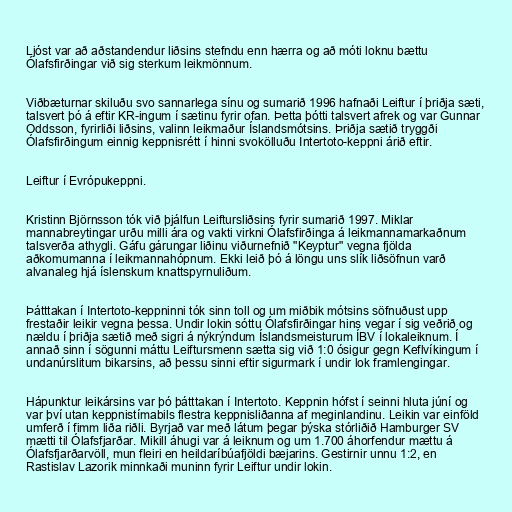
Ljóst var að aðstandendur liðsins stefndu enn hærra og að móti loknu bættu
Ólafsfirðingar við sig sterkum leikmönnum.

Viðbæturnar skiluðu svo sannarlega sínu og sumarið 1996 hafnaði Leiftur í þriðja sæti,
talsvert þó á eftir KR-ingum í sætinu fyrir ofan. Þetta þótti talsvert afrek og var Gunnar
Oddsson, fyrirliði liðsins, valinn leikmaður Íslandsmótsins. Þriðja sætið tryggði
Ólafsfirðingum einnig keppnisrétt í hinni svokölluðu Intertoto-keppni árið eftir.

Leiftur í Evrópukeppni.

Kristinn Björnsson tók við þjálfun Leiftursliðsins fyrir sumarið 1997. Miklar
mannabreytingar urðu milli ára og vakti virkni Ólafsfirðinga á leikmannamarkaðnum
talsverða athygli. Gáfu gárungar liðinu viðurnefnið "Keyptur" vegna fjölda
aðkomumanna í leikmannahópnum. Ekki leið þó á löngu uns slík liðsöfnun varð
alvanaleg hjá íslenskum knattspyrnuliðum.

Þátttakan í Intertoto-keppninni tók sinn toll og um miðbik mótsins söfnuðust upp
frestaðir leikir vegna þessa. Undir lokin sóttu Ólafsfirðingar hins vegar í sig veðrið og
nældu í þriðja sætið með sigri á nýkrýndum Íslandsmeisturum ÍBV í lokaleiknum. Í
annað sinn í sögunni máttu Leiftursmenn sætta sig við 1:0 ósigur gegn Keflvíkingum í
undanúrslitum bikarsins, að þessu sinni eftir sigurmark í undir lok framlengingar.

Hápunktur leikársins var þó þátttakan í Intertoto. Keppnin hófst í seinni hluta júní og
var því utan keppnistímabils flestra keppnisliðanna af meginlandinu. Leikin var einföld
umferð í fimm liða riðli. Byrjað var með látum þegar þýska stórliðið Hamburger SV
mætti til Ólafsfjarðar. Mikill áhugi var á leiknum og um 1.700 áhorfendur mættu á
Ólafsfjarðarvöll, mun fleiri en heildaríbúafjöldi bæjarins. Gestirnir unnu 1:2, en
Rastislav Lazorik minnkaði muninn fyrir Leiftur undir lokin.